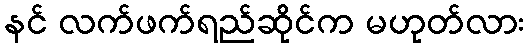
နင် လက်ဖက်ရည်ဆိုင်က မဟုတ်လား